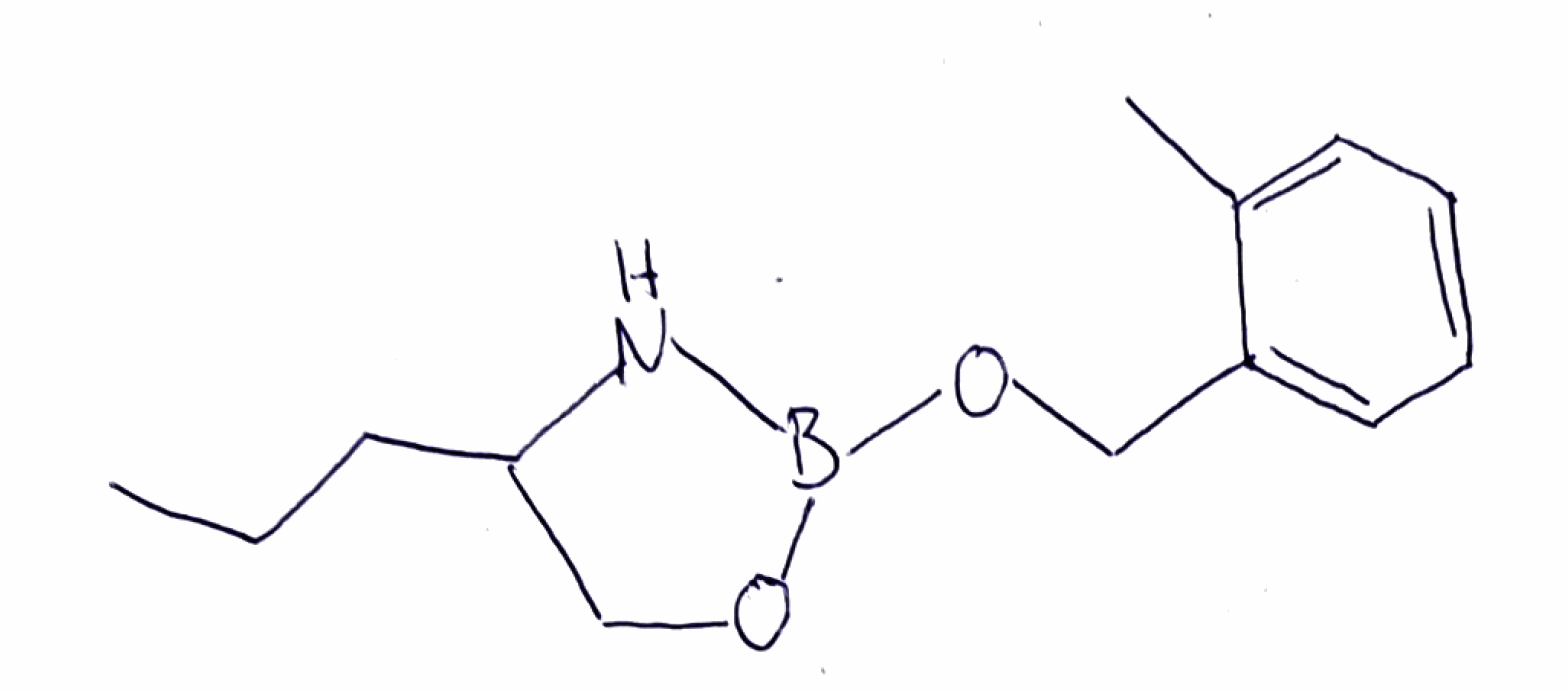
Simplified molecular-input line-entry system (SMILES) notation of the given molecule:
B1(NC(CO1)CCC)OCC2=CC=CC=C2C